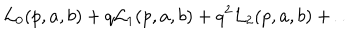
LaTeX: { \cal L } _ { 0 } ( p , a , b ) + q { \cal L } _ { 1 } ( p , a , b ) + q ^ { 2 } { \cal L } _ { 2 } ( p , a , b ) + \dots